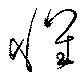
懷